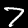
Label: 7